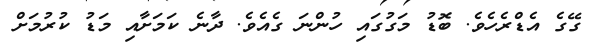
ގޭގެ އެޑްރެހެވެ. ބޮޑު މަގުގައި ހުންނަ ގެއެވެ. ދާނެ ކަމަށާއި މަޑު ކުރުމަށް